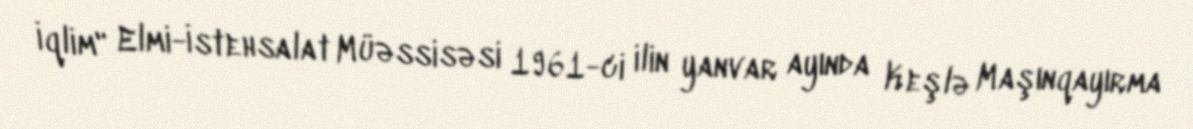
İqlim" Elmi-İstehsalat Müəssisəsi 1961-ci ilin yanvar ayında Keşlə Maşınqayırma